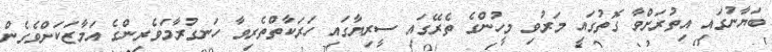
ބަޔާނުގައި އިތުރަށްވާ ގޮތުގައި މަރުވި މީހުންގެ ތެރޭގައި ސީރިޔާގައި ހަރަކާތްތެރިވާ ހަނގުރާމަވެރިންގެ އަމާޒަކަށްވެގެން